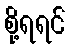
စို့ရရင်